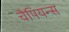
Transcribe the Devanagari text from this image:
चैपियन्स